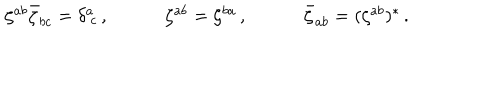
LaTeX: \begin{array} { c c c } { { \zeta ^ { a b } \bar { \zeta } _ { b c } = \delta _ { ~ c } ^ { a } \, , ~ } } & { { ~ \zeta ^ { a b } = \zeta ^ { b a } \, , ~ } } & { { ~ \bar { \zeta } _ { a b } = ( \zeta ^ { a b } ) ^ { \ast } \, . } } \\ \end{array}